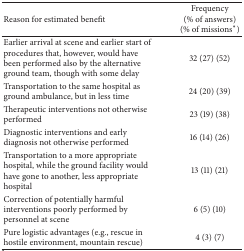
<table><thead><tr><td><b>Reason for estimated benefit</b></td><td><b>Frequency (% of answers) (% of missions<sup>*</sup>)</b></td></tr></thead><tbody><tr><td>Earlier arrival at scene and earlier start of procedures that, however, would have been performed also by the alternative ground team, though with some delay</td><td>32 (27) (52)</td></tr><tr><td>Transportation to the same hospital as ground ambulance, but in less time</td><td>24 (20) (39)</td></tr><tr><td>Therapeutic interventions not otherwise performed</td><td>23 (19) (38)</td></tr><tr><td>Diagnostic interventions and early diagnosis not otherwise performed</td><td>16 (14) (26)</td></tr><tr><td>Transportation to a more appropriate hospital, while the ground facility would have gone to another, less appropriate hospital</td><td>13 (11) (21)</td></tr><tr><td>Correction of potentially harmful interventions poorly performed by personnel at scene</td><td>6 (5) (10)</td></tr><tr><td>Pure logistic advantages (e.g., rescue in hostile environment, mountain rescue) </td><td>4 (3) (7)</td></tr></tbody></table>